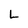
Character: L